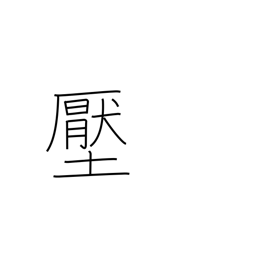
Meaning: pressure